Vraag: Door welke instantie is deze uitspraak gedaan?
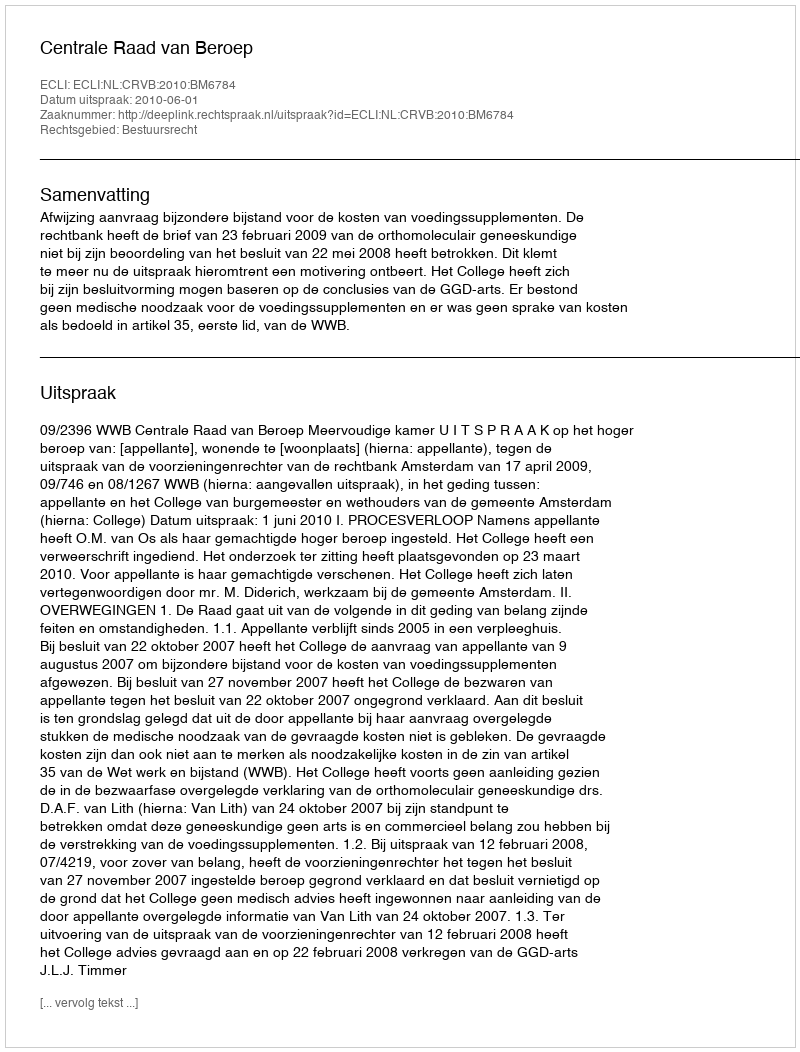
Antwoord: Centrale Raad van Beroep